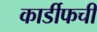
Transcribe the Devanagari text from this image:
कार्डीफची